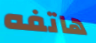
هاتفه